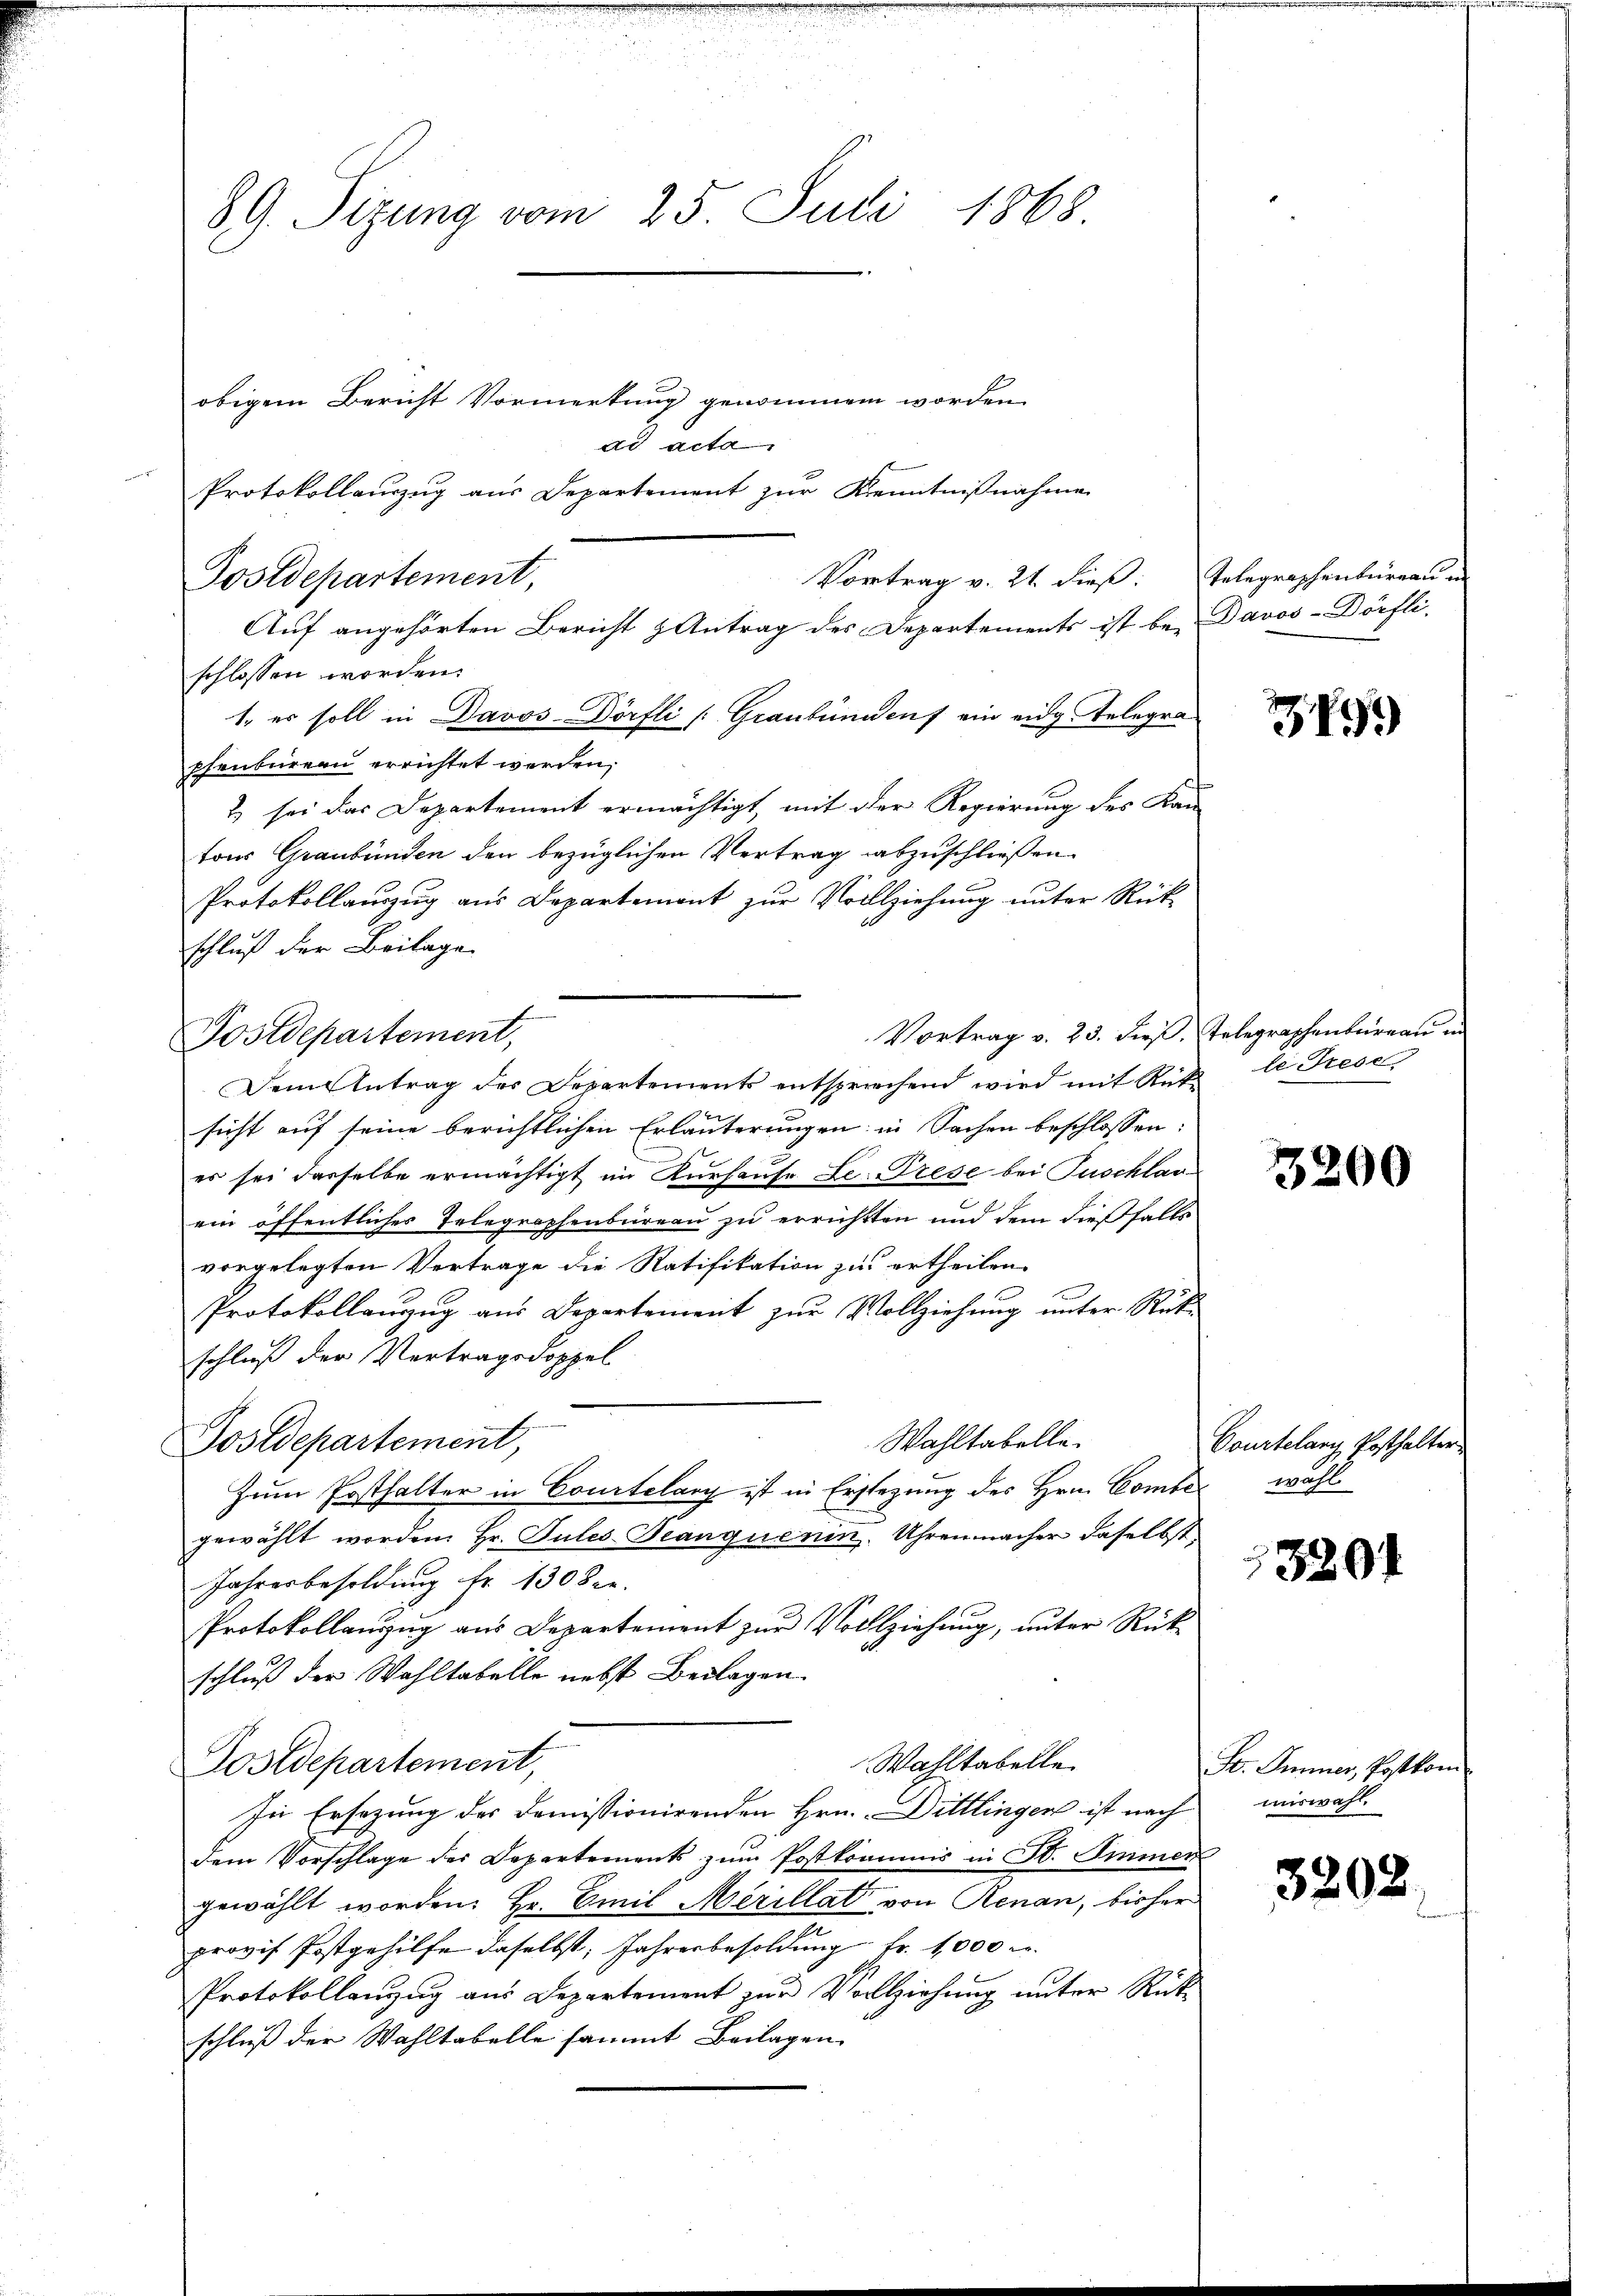
89. Sizung vom 25. Juli 1868

Vortrag v. 21. dieß: Telegraphenburgau in
Postdepartement,
Auf angehörten Bericht Antrag des Departements ist be- Davos-Dörfli
schlossen worden.

Postdepartement,

obigem Bericht Vormerkung genommen worden.
ad acta

Protokollauszug aus Departement zur Kenntnißnahme

1. es soll in Davos Dörfli /: Graubündenf ein eidg. Telegrapfenbirern errichtet werden,
& sei das Departement ermächtigt, mit der Regierung des Kan-
tons Graubünden den bezüglichen Vertrag abzuschließen.
Protokollauszug aus Departemont zur Vollziehung unter Rück
schluß der Beilage
Vortrag v. 23. dieß, Telegraphenburgau in
Dem Antrag des Departements entsprichend wird mit Rüti le Trese
sicht auf seine berichtlichen Erläuterungen in Sachen beschlossen:
es sei desselbe ermächtigt im Kurhause Le Trese bei Puschlar-
ein öffentliches Telegraphenbureau zu errichtten und dem dießfalls
vorgelegten Vertrage die Ratifikation zu ertheilen.
Protokollanzug aus Departement zur Vollziehung unter Rück-
schluß der Vertragsdoppel
n
Wahltabelle.
Postdepartement,
Zum Posthalter in Courtelang ist in Erstehung des Hrn. Combegewählt worden. Hr. Pules Beanquenin. Uhrenmacher daselbst,
Jahresbesoldung Fr. 130 Ser
Protokollanzug aus Departement zur Vollziehung, unter Rück-
schluß der Wahltabelle nebst Beilagen.
Wahltabelle
Postdepartement,
In Ersezung des Domissionirenden Hrn. Dittlingen ist nach
dem Vorschlage der Departements zum Postkommnis in St. Immer
gewählt worden. Hr. Emil Merillat von Renan, bisher
provif Postgehilfe daselbst, Jahresbesoldung Fr. 1000 r.
Protokollanzŭg ans Departement zŭr Vollziehŭng ŭnter Rück-
schluß der Wahltabelle sammt Beilagen

349)

3200

Courtelanz Posthalter
wahl.

1520

F. Immer, Postkom
auswahl.

3208